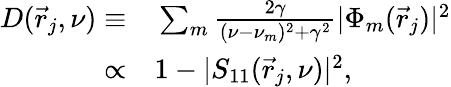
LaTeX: \begin{array}{rl}{D(\vec{r}_{j},\nu)\equiv}&{{}\sum_{m}{\frac{2\gamma}{(\nu-\nu_{m})^{2}+\gamma^{2}}|\Phi_{m}(\vec{r}_{j})|^{2}}}\\ {\propto}&{{}1-|S_{11}(\vec{r}_{j},\nu)|^{2},}\end{array}